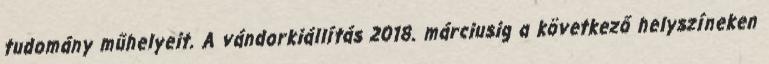
tudomány műhelyeit. A vándorkiállítás 2018. márciusig a következő helyszíneken